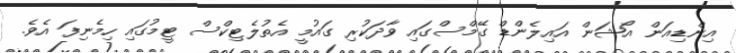
އިންޑިއަން އޯޝަން އައިލެންޑް ގޭމްސްގައި ވާދަކުރި ގައުމީ އެތުލެޓިކްސް ޓީމުގައި ހިމެނިފަ އެވެ.